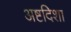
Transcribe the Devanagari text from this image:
अष्टदिशा